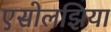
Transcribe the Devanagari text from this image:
एसोलझिया